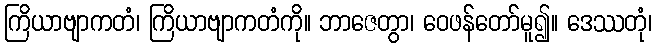
ကြိယာဗျာကတံ၊ ကြိယာဗျာကတံကို။ ဘာဇေတွာ၊ ဝေဖန်တော်မူ၍။ ဒေဿတုံ၊